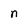
Character: n